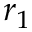
r _ { 1 }